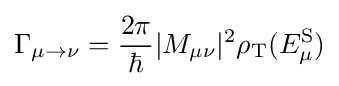
\Gamma _{\mu \to \nu }={\frac {2\pi }{\hbar }}|M_{\mu \nu }|^{2}\rho _{\text{T}}(E_{\mu }^{\text{S}})